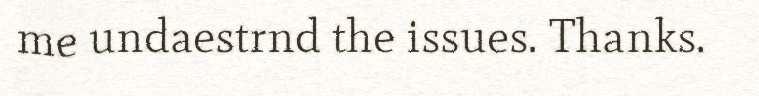
me undaestrnd the issues. Thanks.